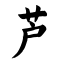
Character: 芦